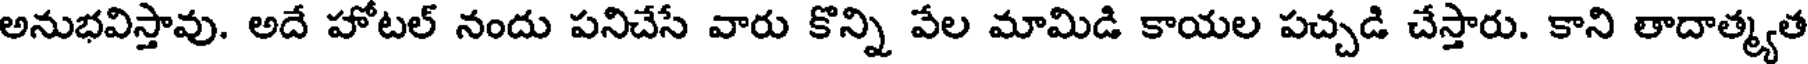
అనుభవిస్తావు. అదే హోటల్ నందు పనిచేసే వారు కొన్ని వేల మామిడి కాయల పచ్చడి చేస్తారు. కాని తాదాత్మ్యత